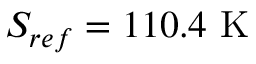
S _ { r e f } = 1 1 0 . 4 ~ \mathrm { K }